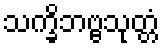
သက္ခိဘဗ္ဗသုတ္တံ